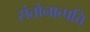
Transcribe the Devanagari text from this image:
संतोनात्पत्ति